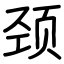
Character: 颈